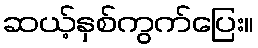
ဆယ့်နှစ်ကွက်ပြေး။